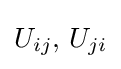
U_{ij},\,U_{ji}